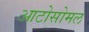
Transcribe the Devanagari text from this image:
आटोसोमल